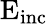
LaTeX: \mathrm{{{E}}_{\mathrm{{inc}}}}